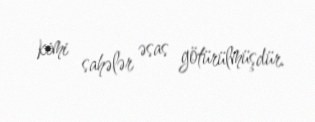
kimi sahələr əsas götürülmüşdür.